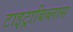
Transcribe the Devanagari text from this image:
टाइट्राबिब्लास